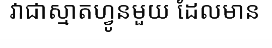
វាជាស្មាតហ្វូនមួយ ដែលមាន